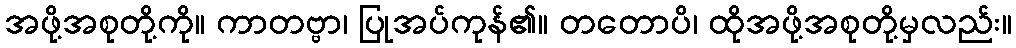
အဖို့အစုတို့ကို။ ကာတဗ္ဗာ၊ ပြုအပ်ကုန်၏။ တတောပိ၊ ထိုအဖို့အစုတို့မှလည်း။